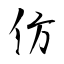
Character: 仿